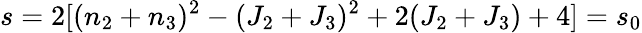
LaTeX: s=2[(n_{2}+n_{3})^{2}-(J_{2}+J_{3})^{2}+2(J_{2}+J_{3})+4]=s_{0}